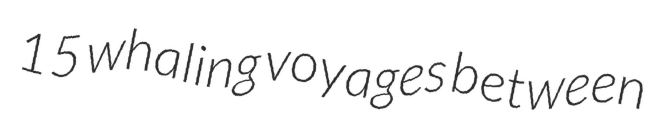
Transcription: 15 whaling voyages between